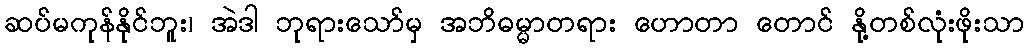
ဆပ်မကုန်နိုင်ဘူး၊ အဲဒါ ဘုရားသော်မှ အဘိဓမ္မာတရား ဟောတာ တောင် နို့တစ်လုံးဖိုးသာ